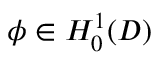
\phi \in H _ { 0 } ^ { 1 } ( D )